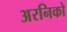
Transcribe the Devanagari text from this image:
अरनिको